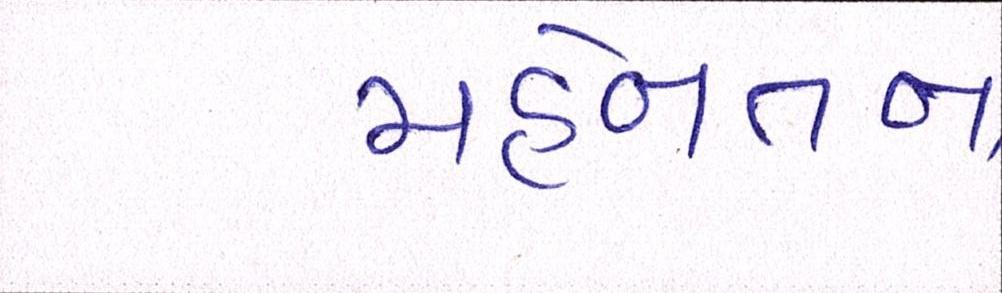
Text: મહેનતના